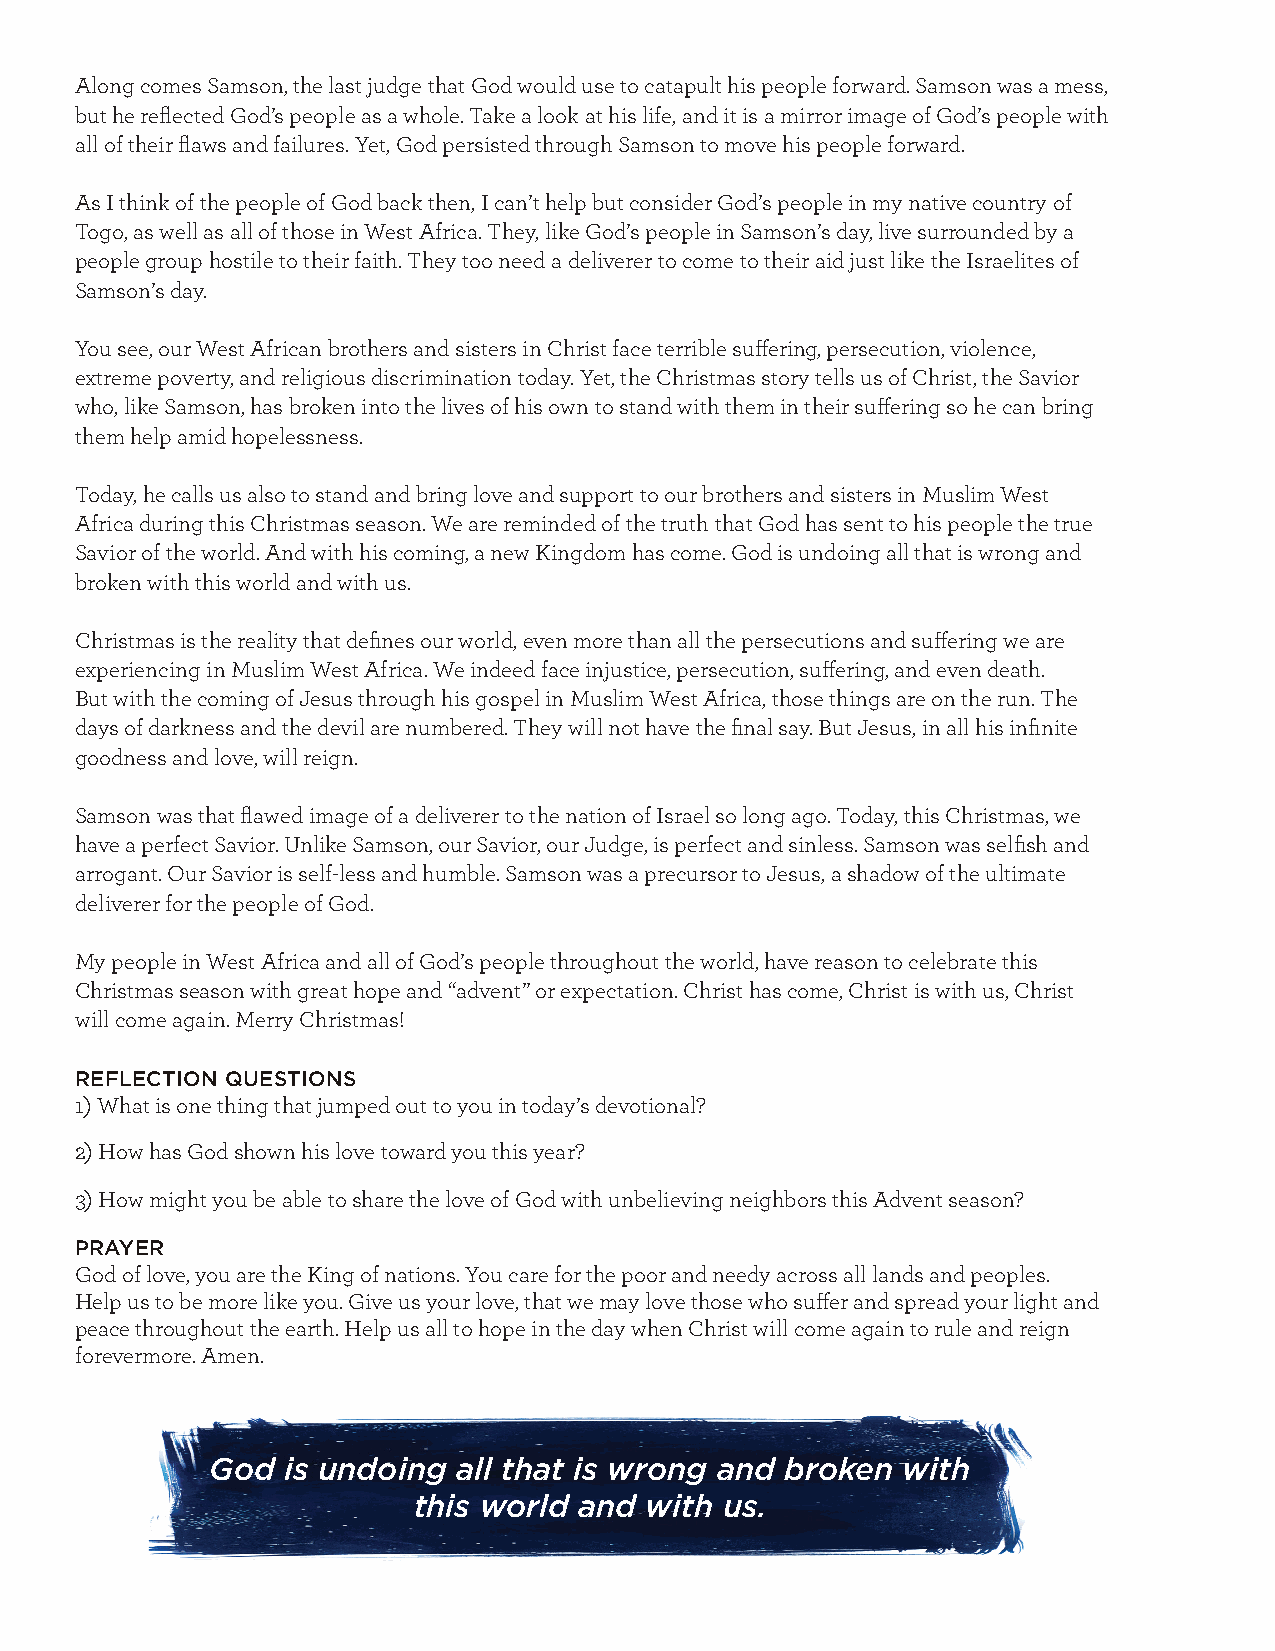
Along comes Samson, the last judge that God would use to catapult his people forward. Samson was a mess,
 but he reflected God’s people as a whole. Take a look at his life, and it is a mirror image of God’s people with
 all of their flaws and failures. Yet, God persisted through Samson to move his people forward.
 As I think of the people of God back then, I can’t help but consider God’s people in my native country of
 Togo, as well as all of those in West Africa. They, like God’s people in Samson’s day, live surrounded by a
 people group hostile to their faith. They too need a deliverer to come to their aid just like the Israelites of
 Samson’s day.
 You see, our West African brothers and sisters in Christ face terrible suffering, persecution, violence,
 extreme poverty, and religious discrimination today. Yet, the Christmas story tells us of Christ, the Savior
 who, like Samson, has broken into the lives of his own to stand with them in their suffering so he can bring
 them help amid hopelessness.
 Today, he calls us also to stand and bring love and support to our brothers and sisters in Muslim West
 Africa during this Christmas season. We are reminded of the truth that God has sent to his people the true
 Savior of the world. And with his coming, a new Kingdom has come. God is undoing all that is wrong and
 broken with this world and with us.
 Christmas is the reality that defines our world, even more than all the persecutions and suffering we are
 experiencing in Muslim West Africa. We indeed face injustice, persecution, suffering, and even death.
 But with the coming of Jesus through his gospel in Muslim West Africa, those things are on the run. The
 days of darkness and the devil are numbered. They will not have the final say. But Jesus, in all his infinite
 goodness and love, will reign.
 Samson was that flawed image of a deliverer to the nation of Israel so long ago. Today, this Christmas, we
 have a perfect Savior. Unlike Samson, our Savior, our Judge, is perfect and sinless. Samson was selfish and
 arrogant. Our Savior is self-less and humble. Samson was a precursor to Jesus, a shadow of the ultimate
 deliverer for the people of God.
 My people in West Africa and all of God’s people throughout the world, have reason to celebrate this
 Christmas season with great hope and “advent” or expectation. Christ has come, Christ is with us, Christ
 will come again. Merry Christmas!
 REFLECTION QUESTIONS
 1) What is one thing that jumped out to you in today’s devotional?
 2) How has God shown his love toward you this year?
 3) How might you be able to share the love of God with unbelieving neighbors this Advent season?
 PRAYER
 God of love, you are the King of nations. You care for the poor and needy across all lands and peoples.
 Help us to be more like you. Give us your love, that we may love those who suffer and spread your light and
 peace throughout the earth. Help us all to hope in the day when Christ will come again to rule and reign
 forevermore. Amen.
 God  is undoing all that is wrong and broken  with
 this world and  with us.